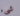
شيء